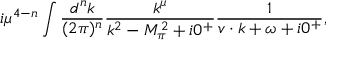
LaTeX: i \mu ^ { 4 - n } \int \frac { d ^ { n } k } { ( 2 \pi ) ^ { n } } \frac { k ^ { \mu } } { k ^ { 2 } - M _ { \pi } ^ { 2 } + i 0 ^ { + } } \frac { 1 } { v \cdot k + \omega + i 0 ^ { + } } ,